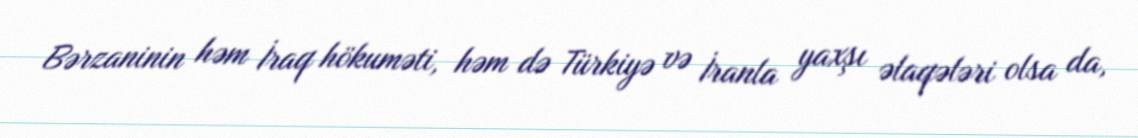
Bərzaninin həm İraq hökuməti, həm də Türkiyə və İranla yaxşı əlaqələri olsa da,